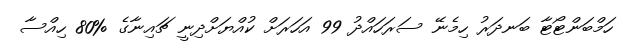
ހަމްބަންޓޯޓާ ބަނދަރު ހިމެނޭ ސަރަހައްދު 99 އަހަރަށް ކުއްޔަށްދިނީ ޗައިނާގެ %80 ހިއްސާ